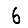
Digit: 6